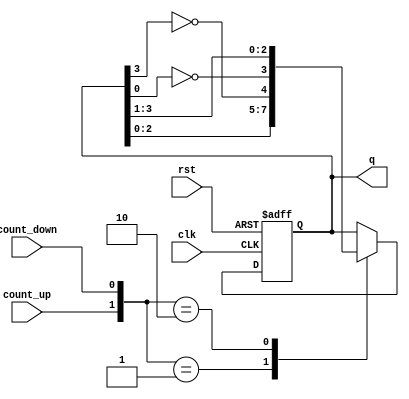
module BidirectionalJohnsonCounter (
    input wire clk,           // Clock signal
    input wire rst,           // Asynchronous reset
    input wire count_up,      // Control signal for count up
    input wire count_down,    // Control signal for count down
    output reg [N-1:0] q      // Output state (N flip-flops)
);

parameter N = 4; // Number of flip-flops (can be adjusted)

reg [N-1:0] next_state;

// Flip-flops implementation
always @(posedge clk or posedge rst) begin
    if (rst) begin
        q <= 0; // Reset state
    end else begin
        q <= next_state; // Update state on clock edge
    end
end

// Next state logic
always @(*) begin
    case ({count_up, count_down})
        2'b01: begin // Count down
            next_state = {q[N-2:0], ~q[N-1]}; // Johnson counter feedback with inversion
        end
        2'b10: begin // Count up
            next_state = {~q[0], q[N-1:1]}; // Johnson counter feedback with inversion
        end
        default: begin // No change
            next_state = q;
        end
    endcase
end

endmodule